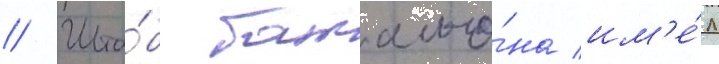
// Шта́б батальо́на им'е́л